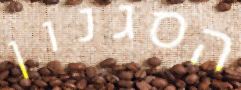
הסגנון